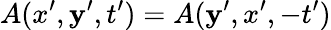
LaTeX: A(x^{\prime},\mathbf{y}^{\prime},t^{\prime})=A(\mathbf{y}^{\prime},x^{\prime},-t^{\prime})